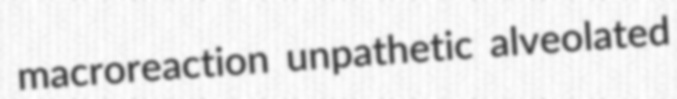
macroreaction unpathetic alveolated